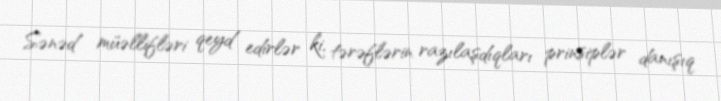
Sənəd müəllifləri qeyd edirlər ki, tərəflərin razılaşdıqları prinsiplər danışıq